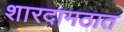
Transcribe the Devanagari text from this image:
शारदामठात